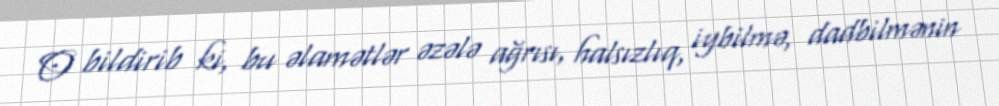
O bildirib ki, bu əlamətlər əzələ ağrısı, halsızlıq, iybilmə, dadbilmənin